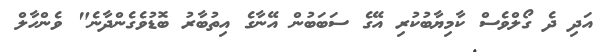
އަދި ދެ ގޯލްވެސް ކާމިޔާބުކުރި އޭގެ ސަބަބުން އޭނާގެ އިތުބާރު ބޮޑުވެގެންދާނެ" ވެންހާލް